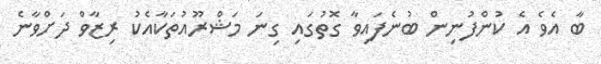
ބާ އެވެ އެ ކުންފުނިން ބުނެފައިވާ ގޮތުގައި ގިނަ މަޝްރޫއުތަކާއެކު ރިޒާވް ދަށްވާނެ